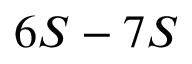
6 S - 7 S